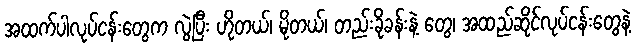
အထက်ပါလုပ်ငန်းတွေက လွဲပြီး ဟိုတယ်၊ မိုတယ်၊ တည်းခိုခန်းနဲ့ တွေ၊ အထည်ဆိုင်လုပ်ငန်းတွေနဲ့